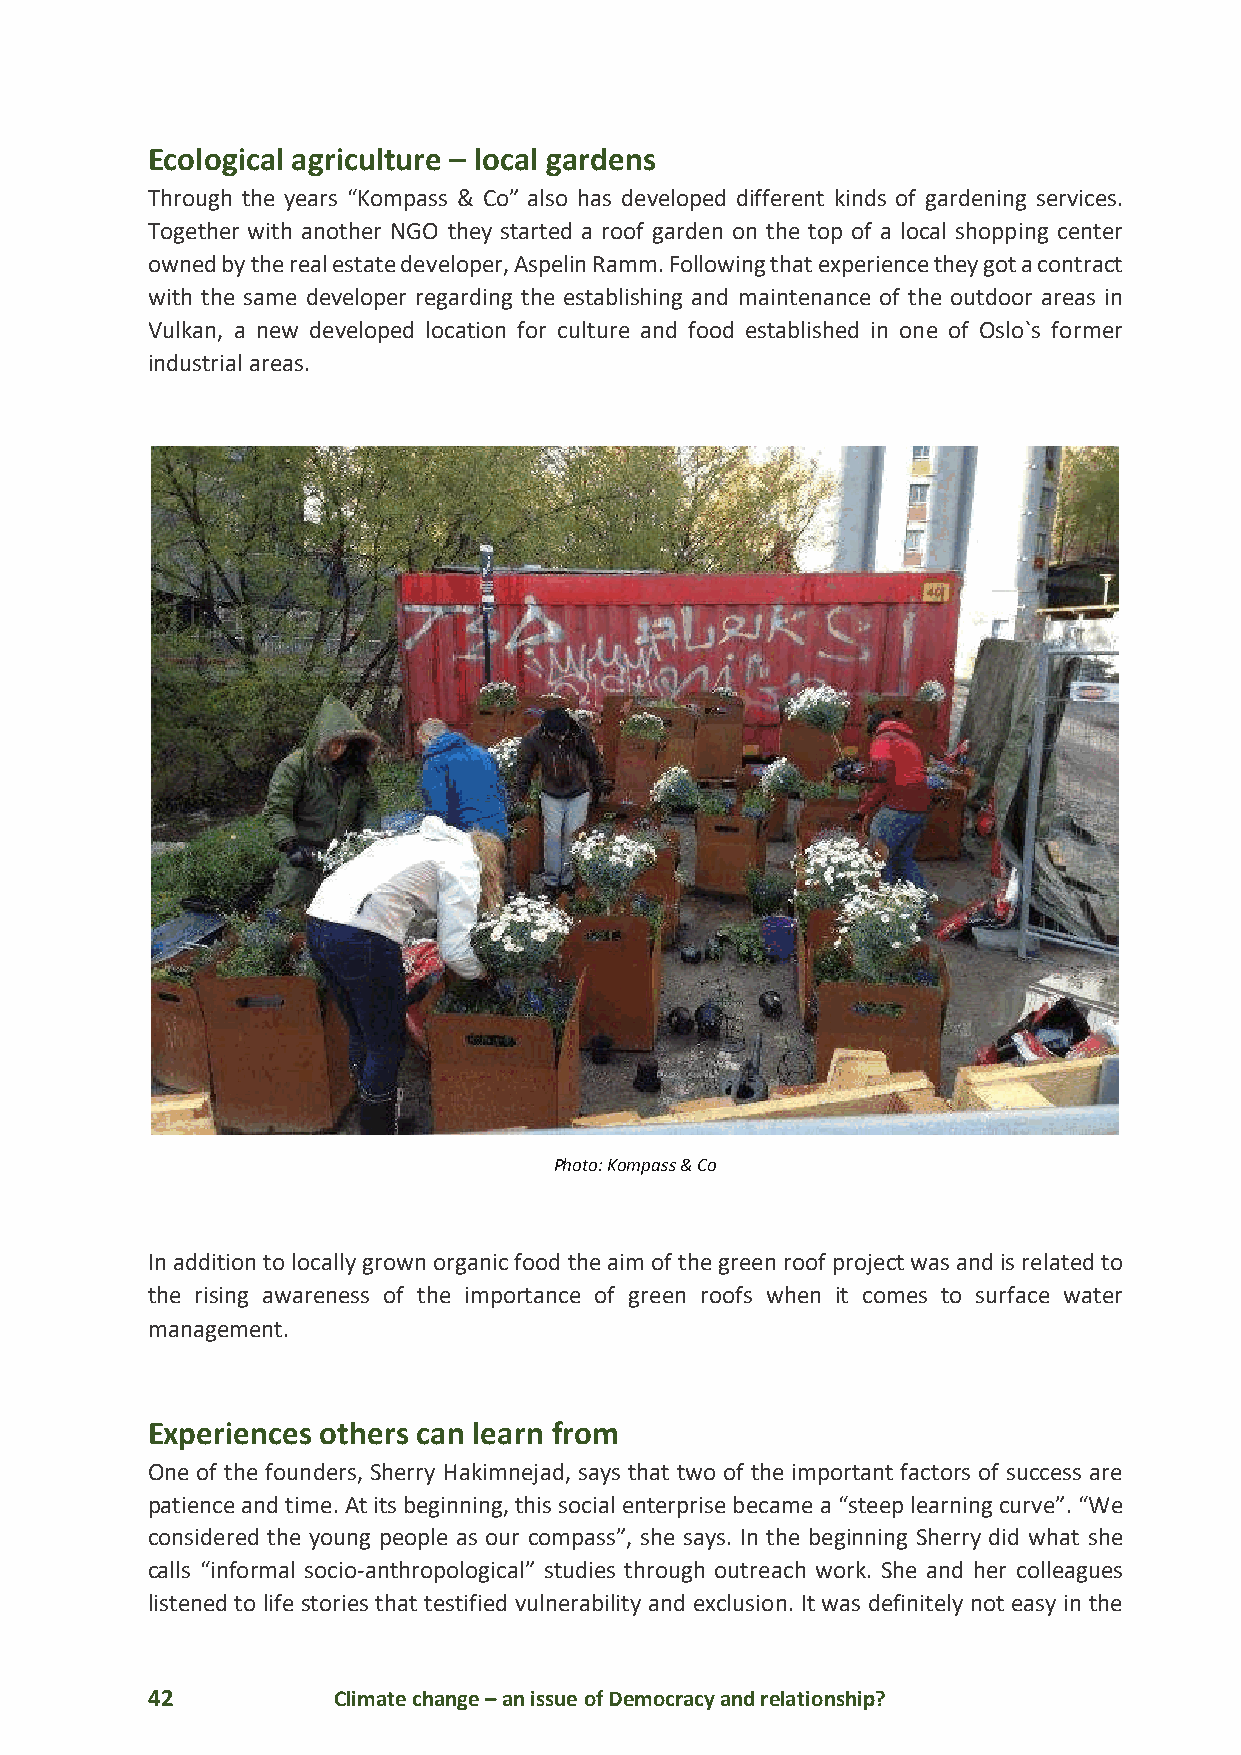
Ecological agriculture – local gardens
 Through the years “Kompass & Co” also has developed different kinds of gardening services.
 Together with another NGO they started a roof garden on the top of a local shopping center
 owned by the real estate developer, Aspelin Ramm. Following that experience they got a contract
 with the same developer regarding the establishing and maintenance of the outdoor areas in
 Vulkan, a new developed location for culture and food established in one of Oslo`s former
 industrial areas.
 Photo: Kompass & Co
 In addition to locally grown organic food the aim of the green roof project was and is related to
 the rising awareness of the importance of green roofs when it comes to surface water
 management.
 Experiences others can learn from
 One of the founders, Sherry Hakimnejad, says that two of the important factors of success are
 patience and time. At its beginning, this social enterprise became a “steep learning curve”. “We
 considered the young people as our compass”, she says. In the beginning Sherry did what she
 calls “informal socio-anthropological” studies through outreach work. She and her colleagues
 listened to life stories that testified vulnerability and exclusion. It was definitely not easy in the
 42          Climate change – an issue of Democracy and relationship?